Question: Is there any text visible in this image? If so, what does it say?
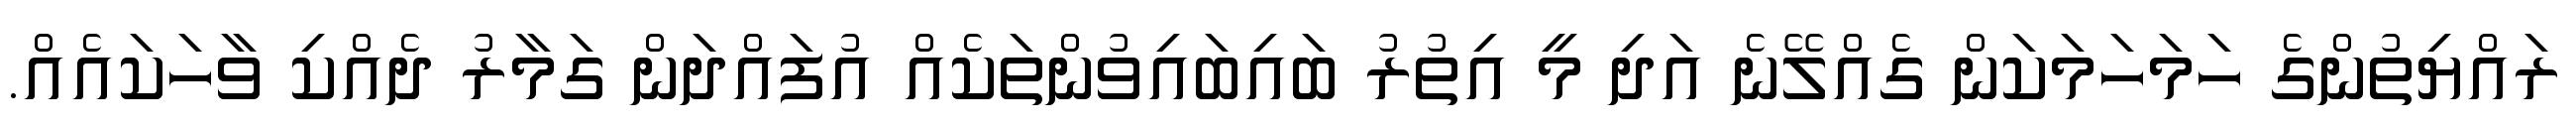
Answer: ރައްޔިތުންގެ ހަމަހަމަކަން ގެއްލޭނެ އަދި މީ އިތުރު ބައިބައިވުންތަކެއް އުފައްދަން ގަމާރު ދެއްކި ވާހަކައެއް.